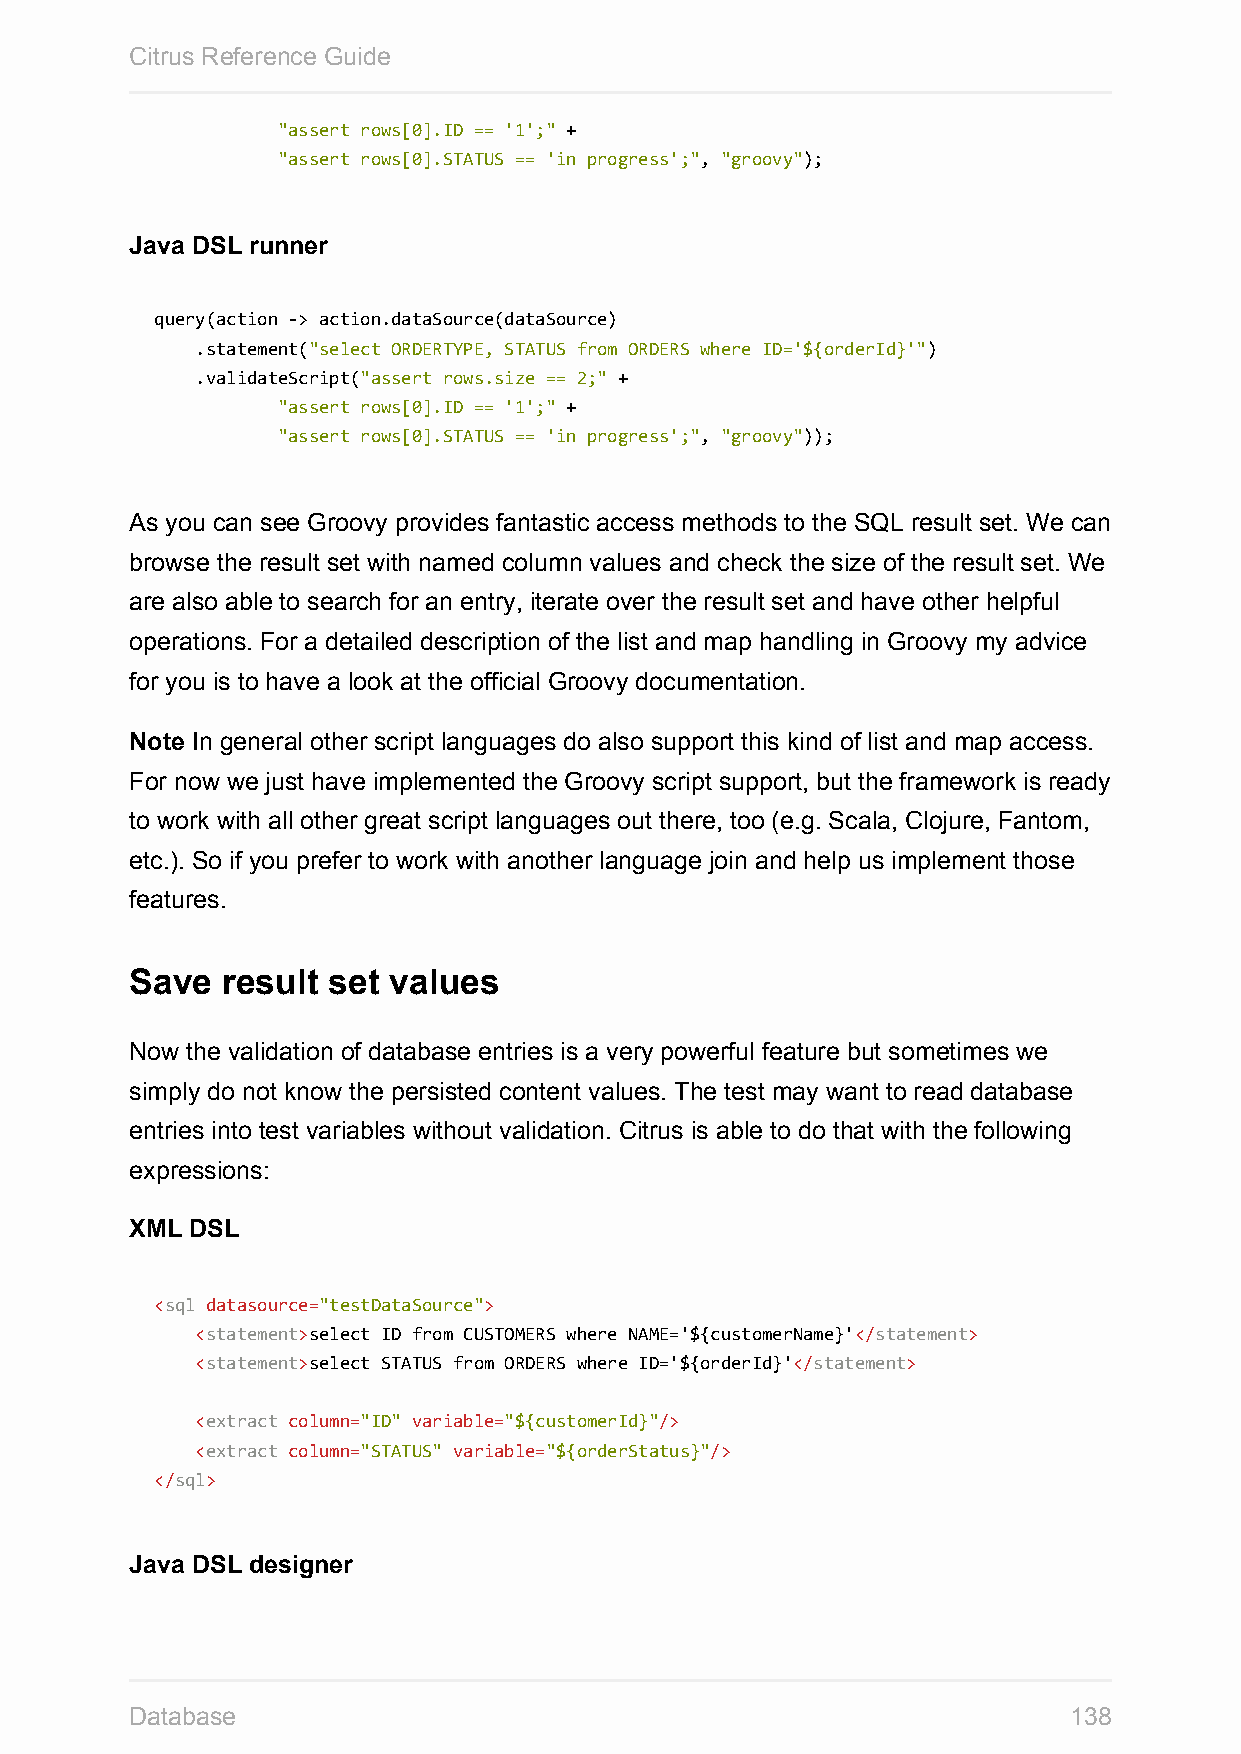
Citrus Reference Guide
 "assert rows[0].ID == '1';" +
 "assert rows[0].STATUS == 'in progress';", "groovy");
 Java DSL runner
 query(action -> action.dataSource(dataSource)
 .statement("select ORDERTYPE, STATUS from ORDERS where ID='${orderId}'")
 .validateScript("assert rows.size == 2;" +
 "assert rows[0].ID == '1';" +
 "assert rows[0].STATUS == 'in progress';", "groovy"));
 As you can see Groovy provides fantastic access methods to the SQL result set. We can
 browse the result set with named column values and check the size of the result set. We
 are also able to search for an entry, iterate over the result set and have other helpful
 operations. For a detailed description of the list and map handling in Groovy my advice
 for you is to have a look at the official Groovy documentation.
 Note In general other script languages do also support this kind of list and map access.
 For now we just have implemented the Groovy script support, but the framework is ready
 to work with all other great script languages out there, too (e.g. Scala, Clojure, Fantom,
 etc.). So if you prefer to work with another language join and help us implement those
 features.
 Save  result set values
 Now the validation of database entries is a very powerful feature but sometimes we
 simply do not know the persisted content values. The test may want to read database
 entries into test variables without validation. Citrus is able to do that with the following
 expressions:
 XML DSL
 <sql datasource="testDataSource">
 <statement>select ID from CUSTOMERS where NAME='${customerName}'</statement>
 <statement>select STATUS from ORDERS where ID='${orderId}'</statement>
 <extract column="ID" variable="${customerId}"/>
 <extract column="STATUS" variable="${orderStatus}"/>
 </sql>
 Java DSL designer
 Database                                                      138